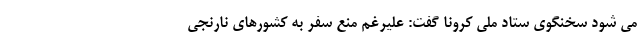
می شود سخنگوی ستاد ملی کرونا گفت: علیرغم منع سفر به کشورهای نارنجی